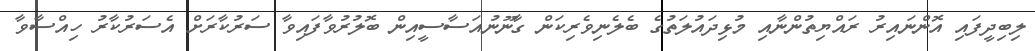
ލިބިދީފައި އޮންނައިރު ރައްޔިތުންނާއި މުޅިދައުލަތުގެ ބެލެނިވެރިކަން ގާނޫނުއަސާސީއިން ބޮލުރުވާފައިވާ ސަރުކާރަށް އެސަރުކާރު ހިއްސާވާ